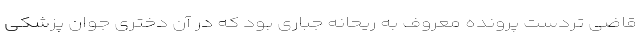
قاضی تردست پرونده معروف به ریحانه جباری بود که در آن دختری جوان پزشکی